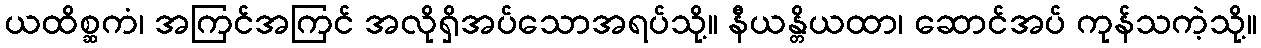
ယထိစ္ဆကံ၊ အကြင်အကြင် အလိုရှိအပ်သောအရပ်သို့။ နီယန္တိယထာ၊ ဆောင်အပ် ကုန်သကဲ့သို့။